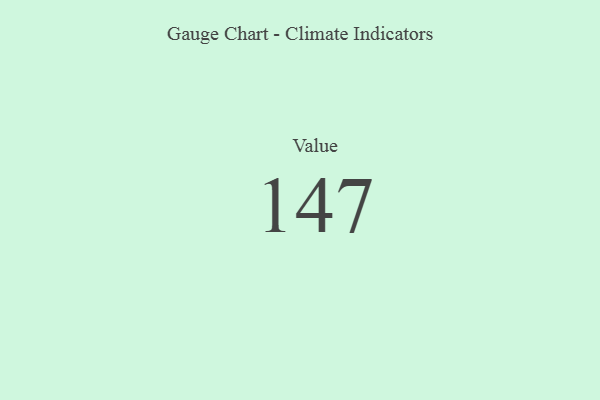
{"axis": {"x": "Metric", "y": "Value"}, "legend": [""], "data": [{"x": "Value", "y": 147, "type": ""}]}